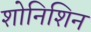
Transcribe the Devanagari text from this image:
शोनिशिन